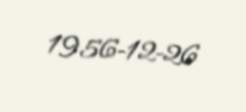
1956-12-26